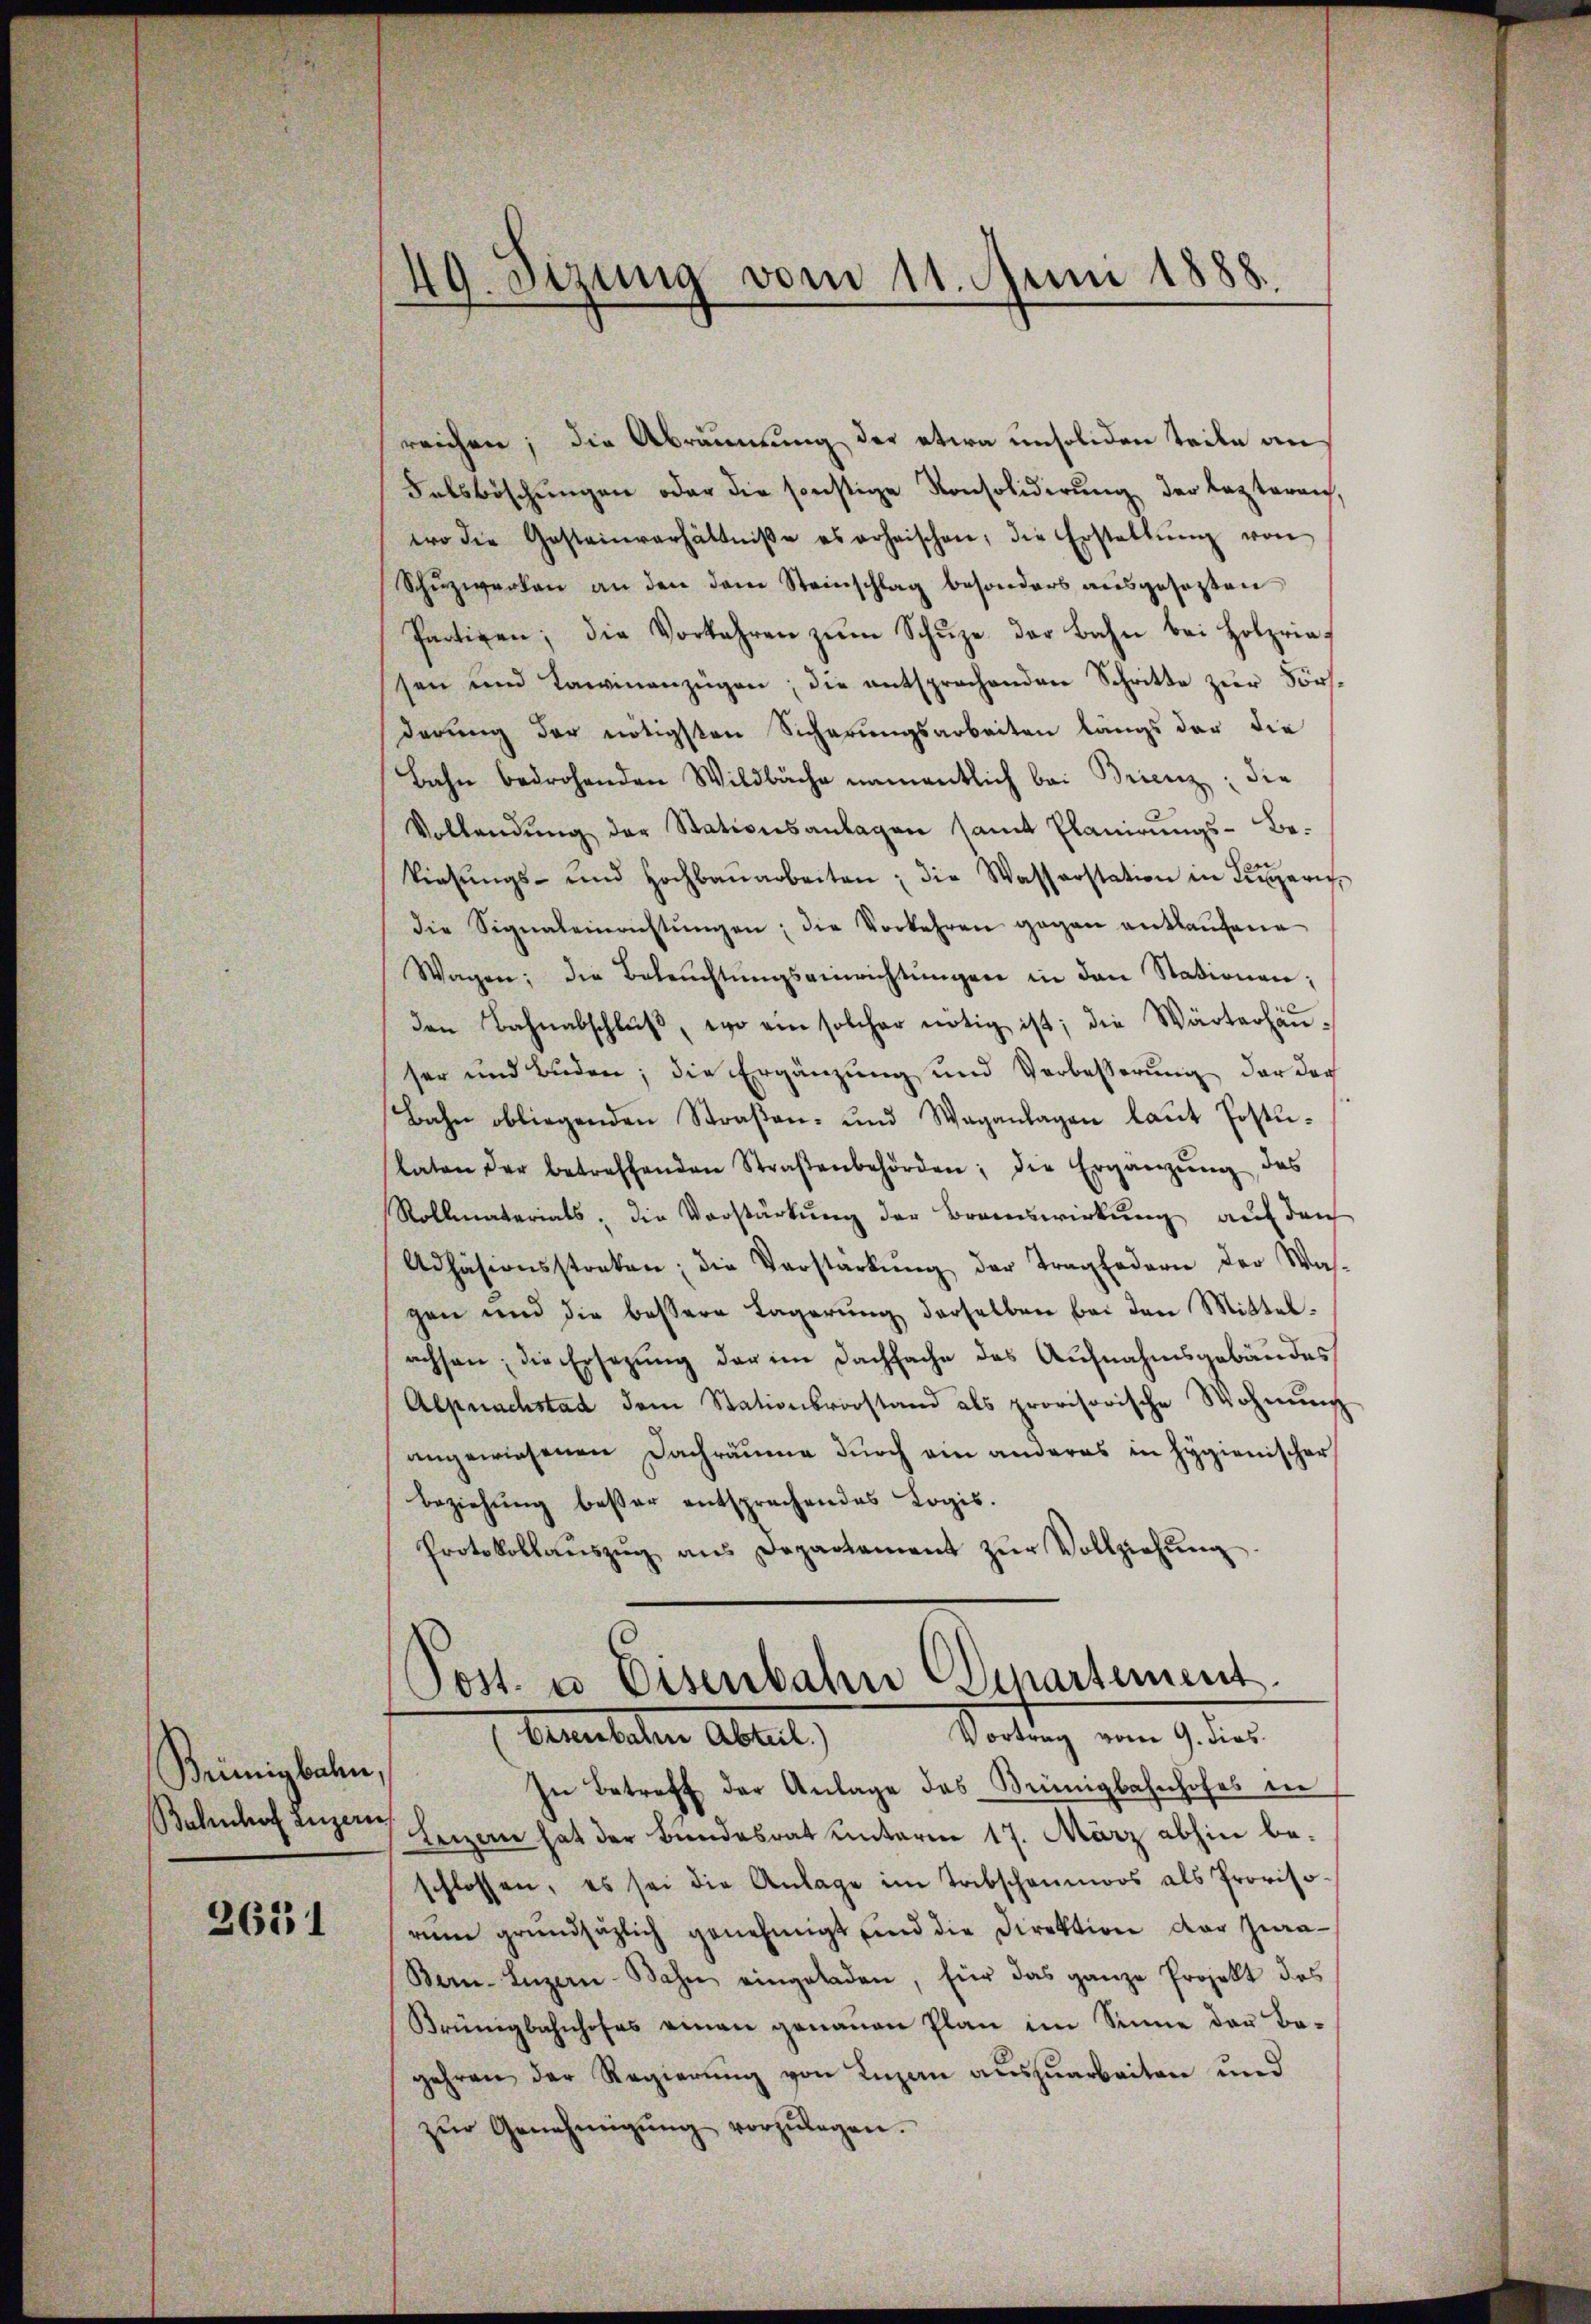
Brimigbahn,

2631

49. Setzung vom 11. Juni 1888.

reichen; die Abräumung der etwa unsoliden teile an
Falsböschungen oder die sonstige Konsolidirung der lezteren,
wo die Gesteinverhältniße es erheischen, die Erstellŭng von
Schŭzwerken an den dem Steinschlag besonders ausgesetzten
Pertigen; die Vorkehren zŭm Schŭze der Bahn bei Holzrie-
sen und Lawinenzügen, die entsprochenden Schritte zur Försderung der nötigsten Sicherungsarbeiten längs der die
Bahn bedrohenden Wildbäche namentlich bei Brienz; die
Vollendŭng der Stationsanlagen samt Planirŭngs-Be-
Viehŭngs- und Hochbaŭarbeiten; die Wasserstation in Zŭgeric
die Signaleinrichtŭngen; die Vorkehren gegen entlaufene
Wagen; die Beleŭchtŭngseinrichtŭngen in den Stationen;
den Bahnabschlŭβ, wo ein solcher nötig ist; die Wärterhänser und Buden; die Ergänzung und Verbesserung der der
Bahn obliegenden Straβen- und Waganlagen laŭt Postu-
laten der betreffenden Straβenbehörden; die Ergänzŭng, das
Rollmaterials, die Vorstärkung der Brandswirkung auf den
Adhäsionsstraten; die Vorstarkŭng der Tragfodern der Was-
gen und die bessere Lagerŭng derselben bei den Mittel-
achsen; die Ersezung der im Dachsache des Aufnahmsgebäudes
Alpnachstad dem Stationsvorstand als provisorische Wohnŭng
angewiesenen Dachräume durch ein anderes in Hygienischer
beziehung besser entsprechendes Logis.
Protokollaŭszŭg ans Departement zŭr Vollziehŭng.

Post u. Eisenbahn Departement
Vortrag vom 9. dies
Gemuteten Abteil

In Betreff der Anlage des Münigbahnhofes in
Bahnhof Luzern Heizern hat der Bundesrat unterm 17. März abhin be-
schlossen, es sei die Anlage im Tribschaumoos als Provisorum grundsätzlich genehmigt und die Direktion der Jura¬
Bern. Luzern-Bahn eingeladen, für das ganze Projekt des
Brünigbahnhofes einen genaŭen Plan im Sinne der Be-
gehren der Regierung von Luzen auszuarbeiten und
zŭr Genehmigŭng vorzŭlegen.